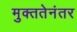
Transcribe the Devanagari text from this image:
मुक्ततेनंतर